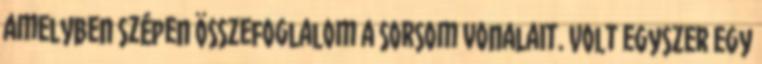
amelyben szépen összefoglalom a sorsom vonalait. Volt egyszer egy